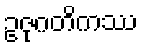
ဥဇုဂတိကဿ